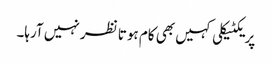
پریکٹیکلی کہیں بھی کام ہوتا نظر نہیں آرہا۔